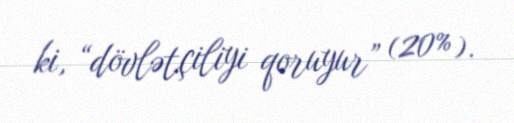
ki, “dövlətçiliyi qoruyur” (20%).